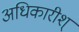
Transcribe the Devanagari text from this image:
अधिकारीश्